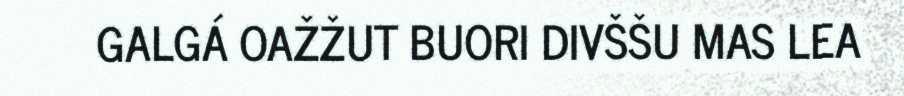
GALGÁ OAŽŽUT BUORI DIVŠŠU MAS LEA